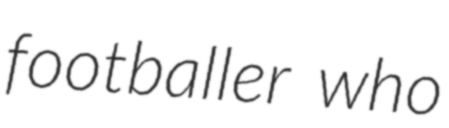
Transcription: footballer who